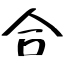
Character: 合